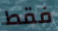
فقط